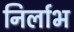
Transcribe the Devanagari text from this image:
निर्लाभ